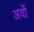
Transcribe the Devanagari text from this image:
अर्वो